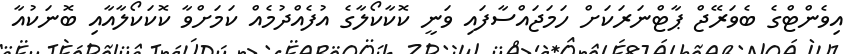
އިވެންޓްގެ ބެވަރޭޖް ޕާޓްނަރަކަށް ހަމަޖައްސާފައި ވަނީ ކޮކާކޯލާގެ އުފެއްދުމެއް ކަމަށްވާ ކޮކަކޯލާއާއި ބޮނަކުއާ